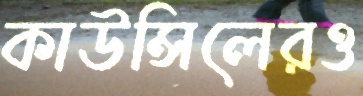
কাউন্সিলেরও